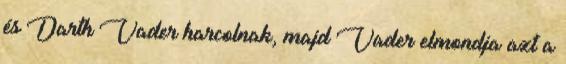
és Darth Vader harcolnak, majd Vader elmondja azt a